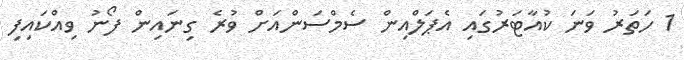
1 ހަތަރު ވަނަ ކުއާޓަރުގައި އެޕަލްއިން ސެމްސަންއަށް ވުރެ ގިނައިން ފޯނު ވިއްކައިފި